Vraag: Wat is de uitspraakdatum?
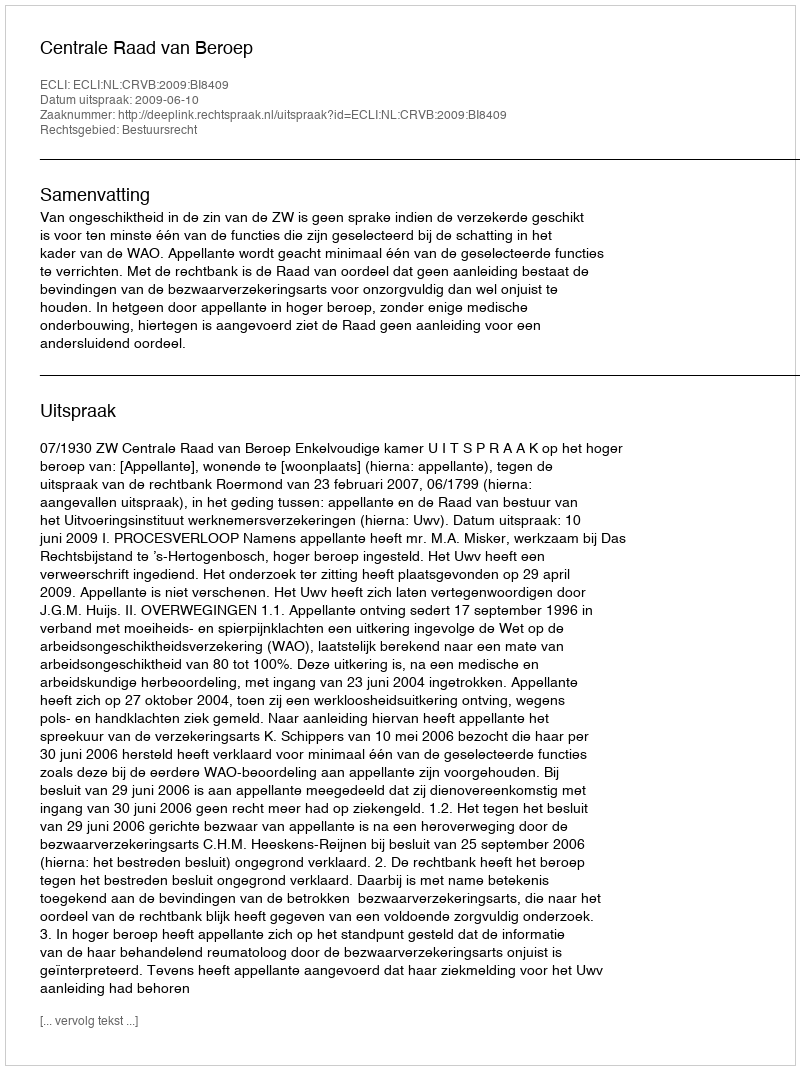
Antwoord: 2009-06-10